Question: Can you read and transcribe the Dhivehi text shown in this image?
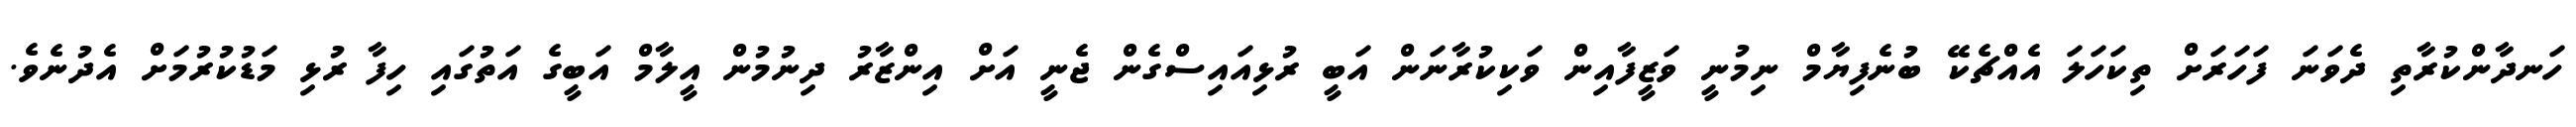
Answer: ހަނދާންކުރާތި ދެވަނަ ފަހަރަށް ތިކަހަލަ އެއްޗެކޭ ބުނެފިޔާމް ނިމުނީ ވަޒީފާއިން ވަކިކުރާނަން އަބީ ރުޅިއައިސްގެން ޖެނީ އަށް އިންޒާރު ދިނުމުން އީލާމް އަބީގެ އަތުގައި ހިފާ ރުޅި މަޑުކުރުމަށް އެދުނެވެ.